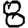
Digit: 8